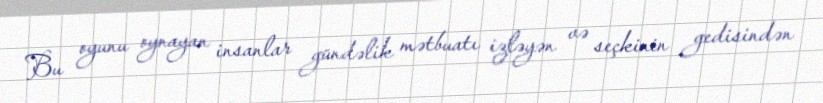
Bu oyunu oynayan insanlar gündəlik mətbuatı izləyən və seçkinin gedisindən